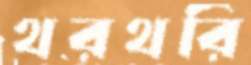
থরথরি